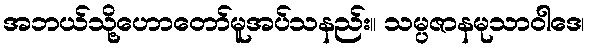
အဘယ်သို့ဟောတော်မူအပ်သနည်း။ သမ္ပဇာနမုသာဝါဒေ၊